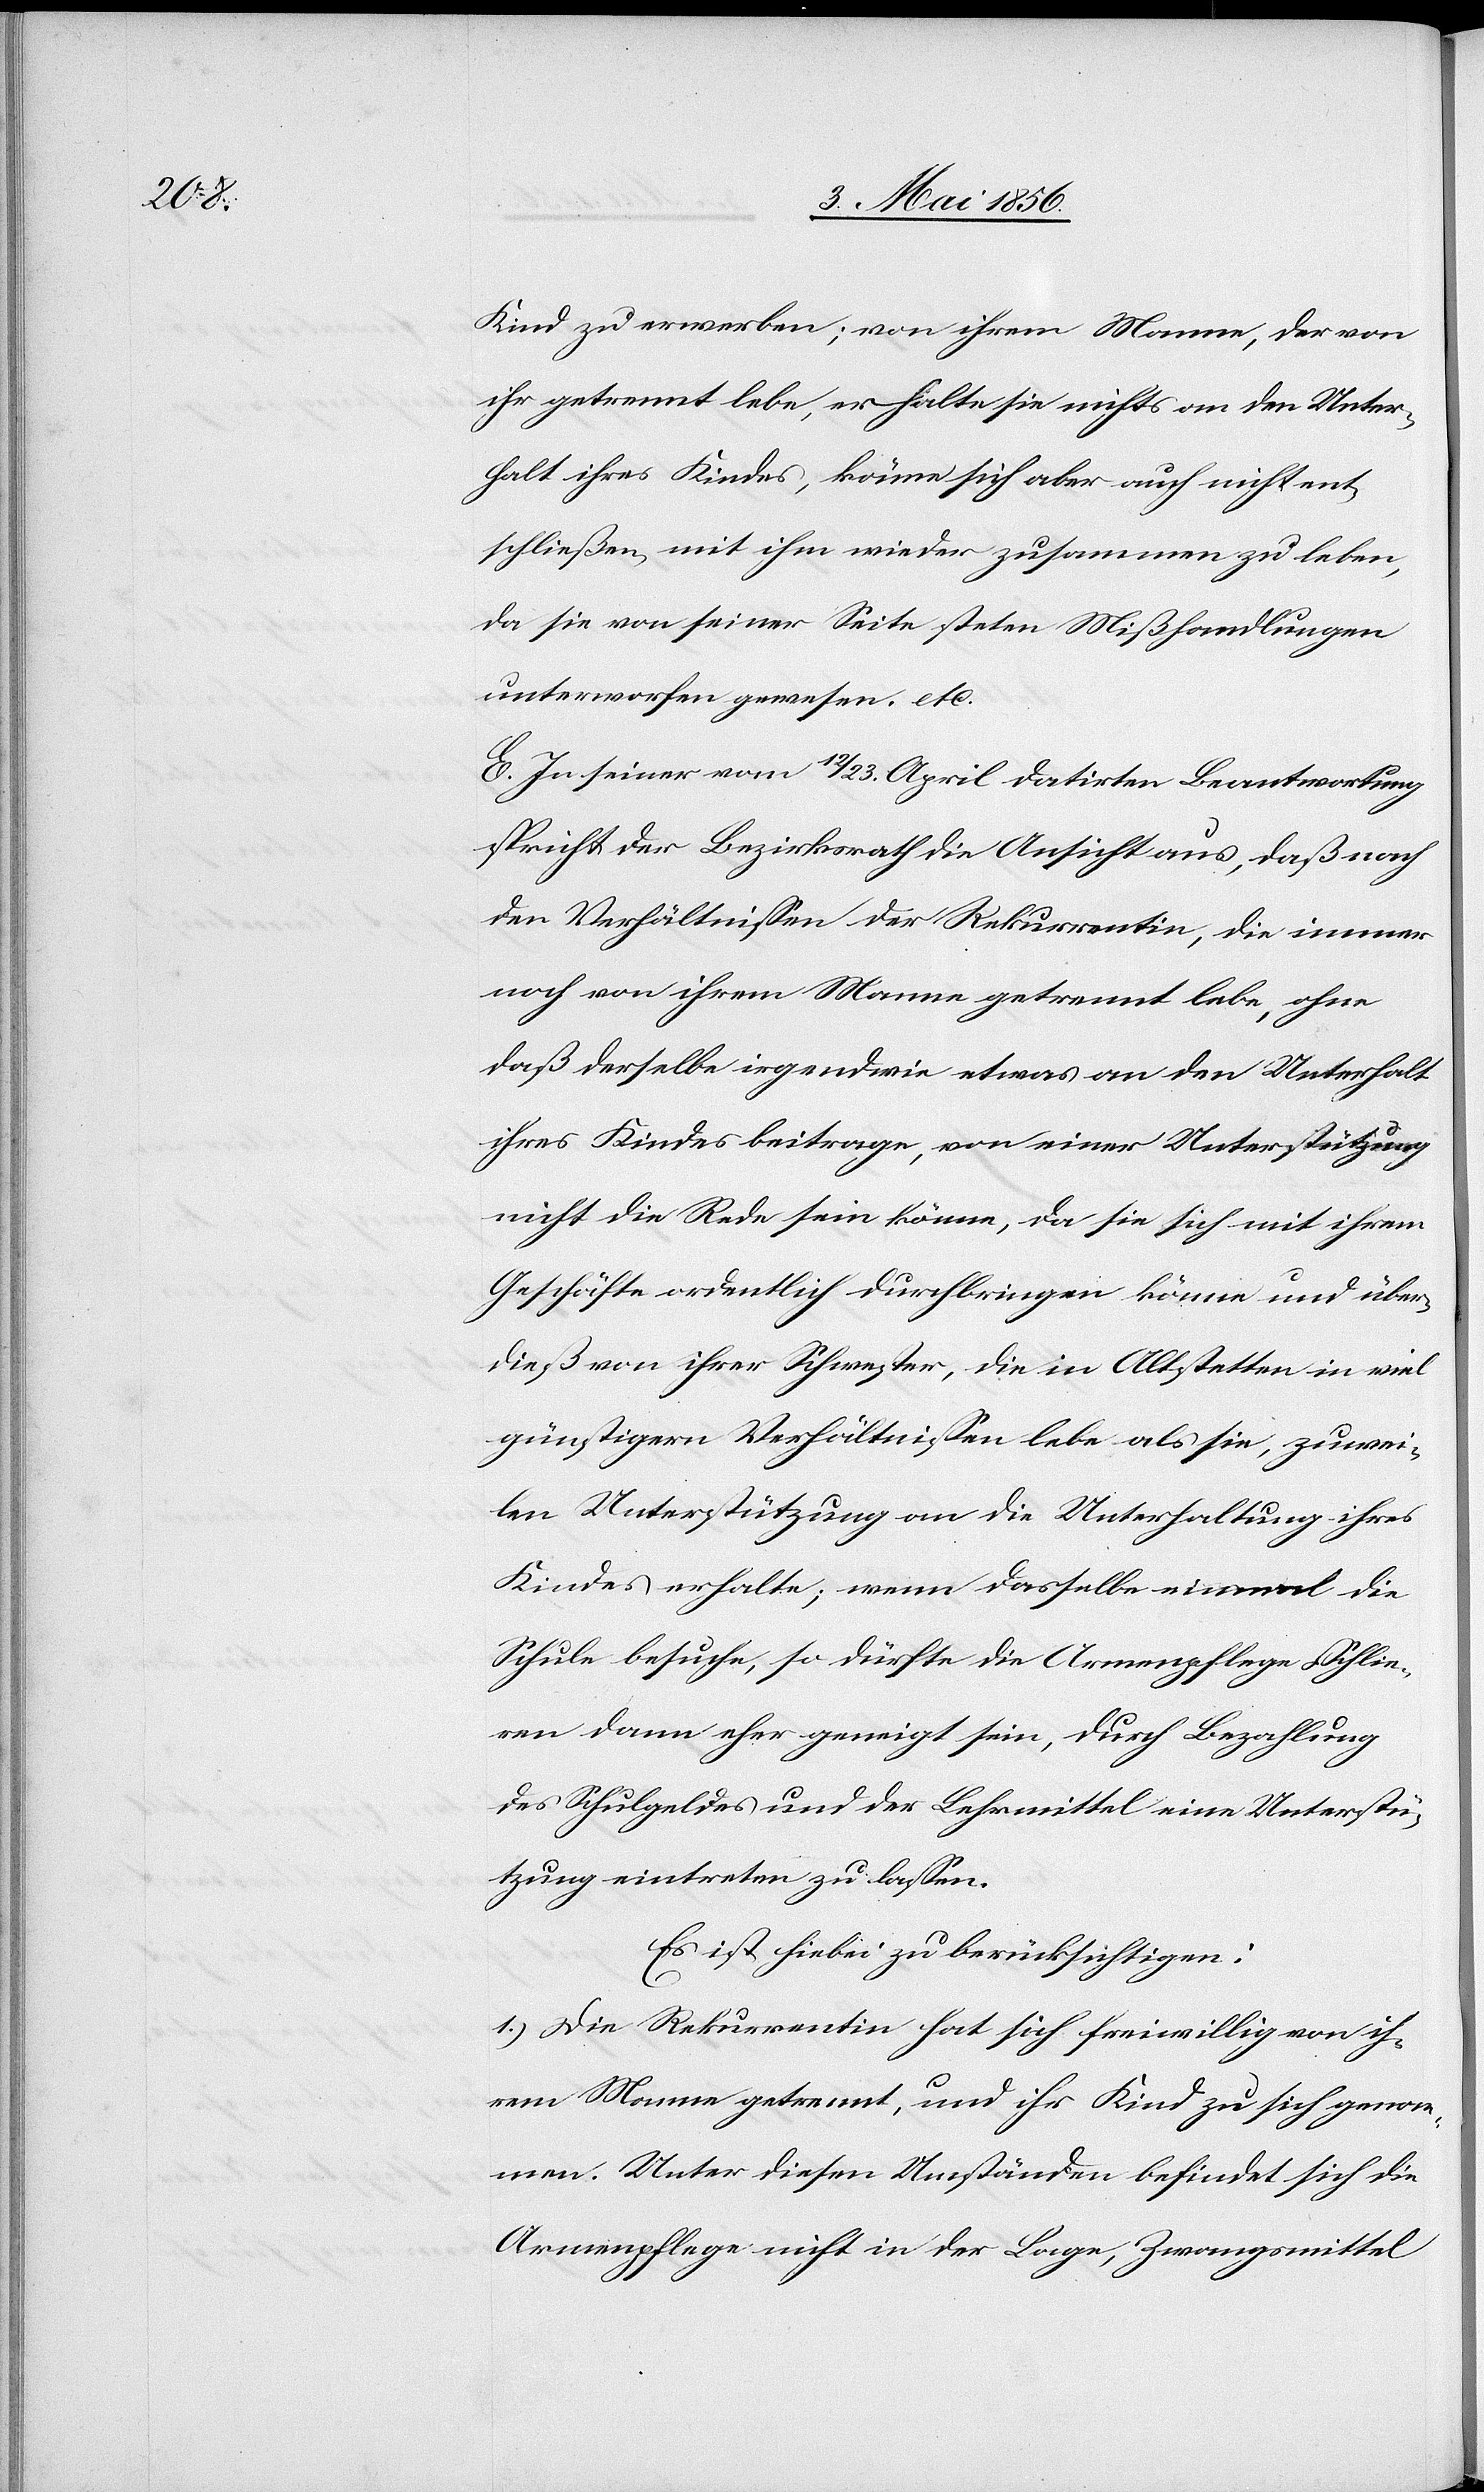
Kind zu erwerben; von ihrem Manne, der von
ihr getrennt lebe, erhalte sie nichts an den Unter¬
halt ihres Kindes, könne sich aber auch nicht ent¬
schließen, mit ihm wieder zusammen zu leben,
da sie von seiner Seite steten Mißhandlungen
unterworfen gewesen. etc.
E. In seiner vom 12/23. April datirten Beantwortung
spricht der Bezirksrath die Ansicht aus, daß nach
den Verhältnissen der Rekurrentin, die immer
noch von ihrem Manne getrennt lebe, ohne
daß derselbe irgendwie etwas an den Unterhalt
ihres Kindes beitrage, von einer Unterstützung
nicht die Rede sein könne, da sie sich mit ihrem
Geschäfte ordentlich durchbringen könne und über¬
dieß von ihrer Schwester, die in Altstetten in viel
günstigern Verhältnissen lebe als sie, zuwei¬
len Unterstützung an die Unterhaltung ihres
Kindes erhalte; wenn dasselbe einmal die
Schule besuche, so dürfte die Armenpflege Schlie¬
ren dann eher geneigt sein, durch Bezahlung
des Schulgeldes und der Lehrmittel eine Unterstü¬
tzung eintreten zu lassen.
Es ist hiebei zu berücksichtigen:
1.) Die Rekurrentin hat sich freiwillig von ih¬
rem Manne getrennt, und ihr Kind zu sich genom¬
men. Unter diesen Umständen befindet sich die
Armenpflege nicht in der Lage, Zwangsmittel